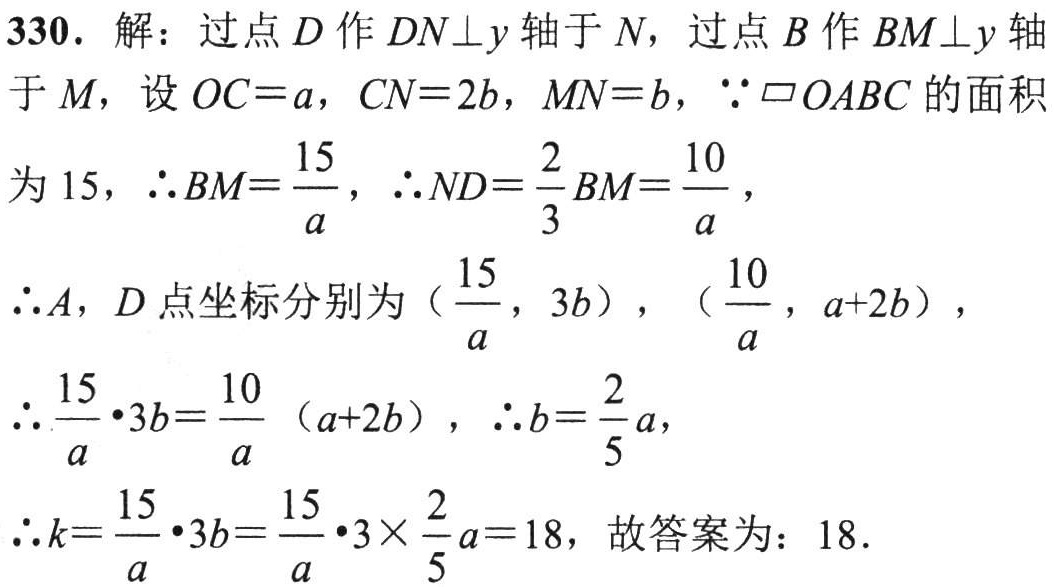
330. 解：过点 \(D\) 作 \(DN\perp y\) 轴于 \(N\)，过点 \(B\) 作 \(BM\perp y\) 轴于 \(M\)，设 \(OC = a\)，\(CN = 2b\)，\(MN = b\)，\(\because\parallelogram OABC\) 的面积为 \(15\)，\(\therefore BM=\frac{15}{a}\)，\(\therefore ND = \frac{2}{3}BM=\frac{10}{a}\)，

\(\therefore A\)，\(D\) 点坐标分别为 \((\frac{15}{a},3b)\)，\((\frac{10}{a},a + 2b)\)，

\(\therefore\frac{15}{a}\cdot3b=\frac{10}{a}(a + 2b)\)，\(\therefore b=\frac{2}{5}a\)，

\(\therefore k=\frac{15}{a}\cdot3b=\frac{15}{a}\cdot3\times\frac{2}{5}a = 18\)，故答案为：\(18\).